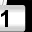
Digit: 1